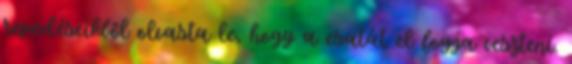
repedéseikből olvasta le, hogy a csatát el fogja veszteni.